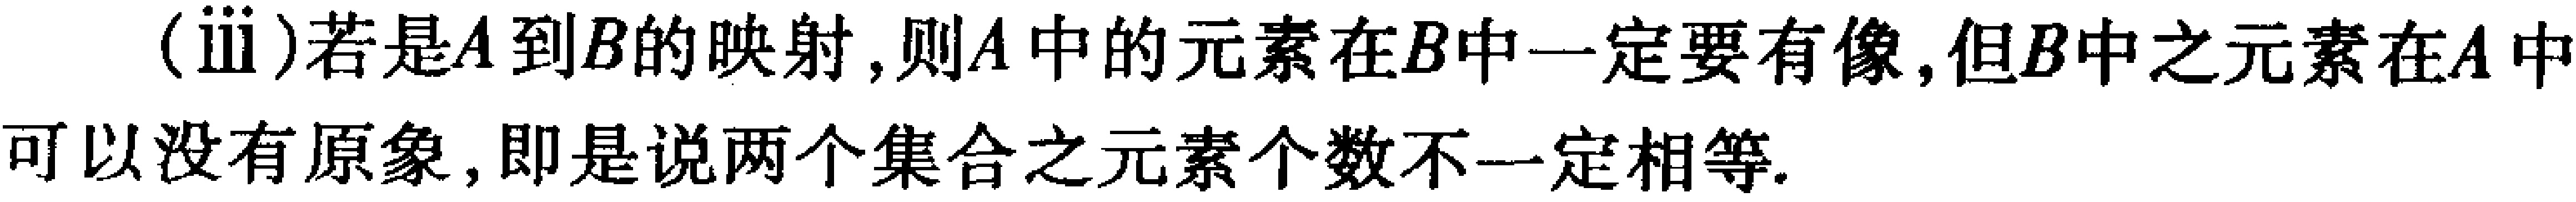
(iii)若是\(A\)到\(B\)的映射,则\(A\)中的元素在\(B\)中一定要有像,但\(B\)中之元素在\(A\)中可以没有原象,即是说两个集合之元素个数不一定相等.